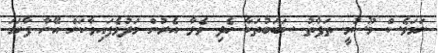
ނަމަވެސް މޫސުމީ ތަފާތު ސަބަބުތަކާ ހެދި ވެލާ އެރުން މަދުވެފައިވާކަން އޭނާ ފާހަގަ